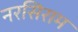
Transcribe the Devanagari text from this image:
नरसिराम